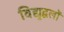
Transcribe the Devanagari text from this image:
विद्युद्बलों